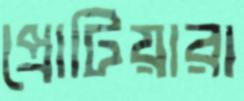
প্রোটিয়ারা